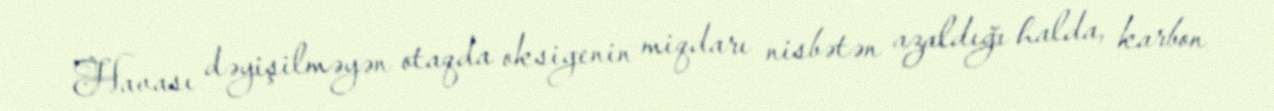
Havası dəyişilməyən otaqda oksigenin miqdarı nisbətən azaldığı halda, karbon